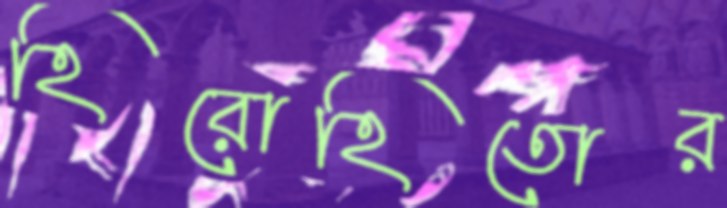
হিরোহিতোর